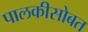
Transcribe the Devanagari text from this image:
पालकीसोबत